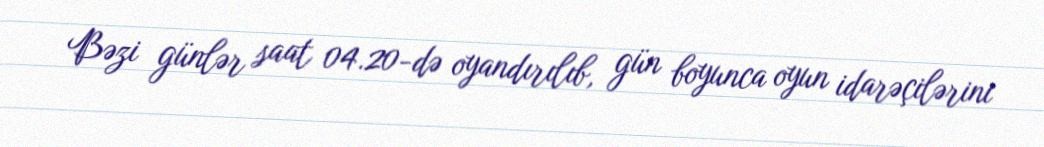
Bəzi günlər saat 04.20-də oyandırılıb, gün boyunca oyun idarəçilərini